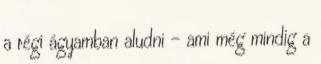
a régi ágyamban aludni – ami még mindig a